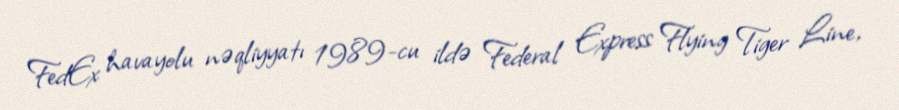
FedEx havayolu nəqliyyatı 1989-cu ildə Federal Express Flying Tiger Line,